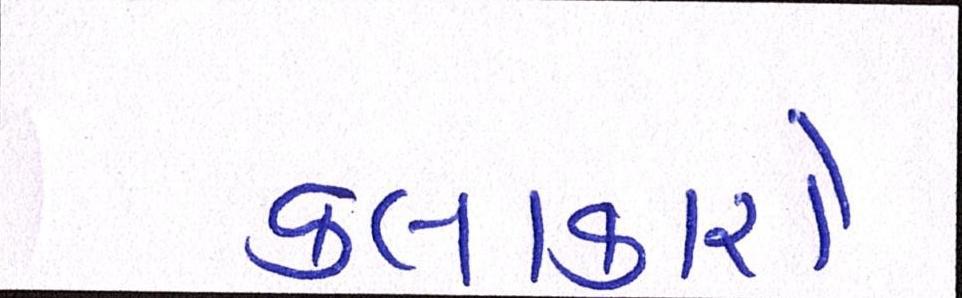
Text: કલાકારો